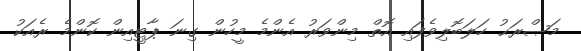
މަޞްރަޙު ހަލަބޮލިވެފައި އޮތް މިންވަރު އެންމެ މީހުން ގިނަ ޕާޓީއިން ކޮންމެ ރެއަކު